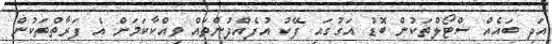
އަދި ބައެއް ސްޓޯލްތަކުން ބޮޑު އަގުގައި ފޭކު އުފެއްދުންތައް ވިއްކާކަމަށް އެ ފަރާތްތަކުން